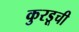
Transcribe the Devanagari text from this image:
कुरडूची